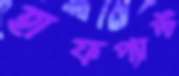
হাফপ্যান্ট